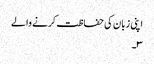
اپنی زبان کی حفاظت کرنے والے
۳۔